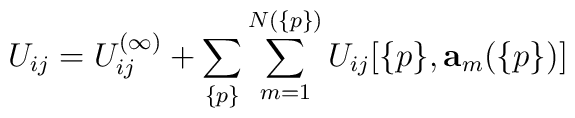
U_{ij}=U^{(\infty)}_{ij}+\sum_{\{p\}}\sum^{N(\{p\})}_{m=1}U_{ij}[\{p\},{\bf a}_m(\{p\})]